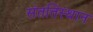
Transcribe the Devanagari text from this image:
संततिस्थान